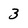
Character: 3